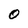
Character: 0